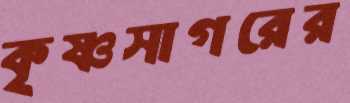
কৃষ্ণসাগরের